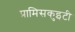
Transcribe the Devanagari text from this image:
प्रामिसकुइटी